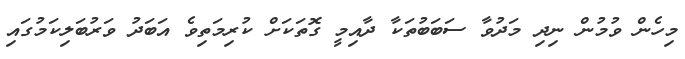
މިހެން ވުމުން ނިދި މަދުވާ ސަބަބުތަކާ ދާއިމީ ގޮތަކަށް ކުރިމަތިވެ އަބަދު ވަރުބަލިކަމުގައި